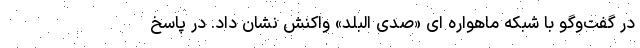
در گفت‌وگو با شبکه ماهواره ای «صدی البلد» واکنش نشان داد. در پاسخ